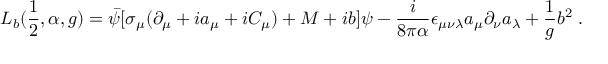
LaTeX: { \cal L } _ { b } ( \frac { 1 } { 2 } , \alpha , g ) = \bar { \psi } [ \sigma _ { \mu } ( \partial _ { \mu } + i a _ { \mu } + i C _ { \mu } ) + M + i b ] \psi - \frac { i } { 8 \pi \alpha } \epsilon _ { \mu \nu \lambda } a _ { \mu } \partial _ { \nu } a _ { \lambda } + \frac { 1 } { g } b ^ { 2 } \; .